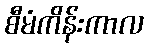
စီမံကိန်းကာလ